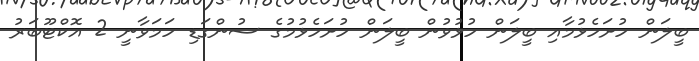
ބީލަން ހުށަހެޅުމާއި ބީލަން ހުޅުވުން ބީލަން ހުށަހެޅުމުގެ ސުންގަޑި ހަމަވާނީ 2 އޮކްޓޫބަރު